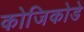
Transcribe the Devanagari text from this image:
कोजिकोडे